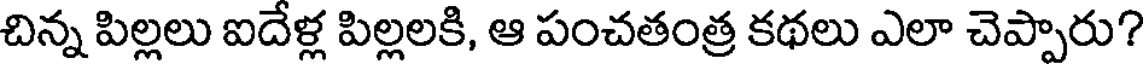
చిన్న పిల్లలు ఐదేళ్ల పిల్లలకి, ఆ పంచతంత్ర కథలు ఎలా చెప్పారు?